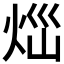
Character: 𤇱